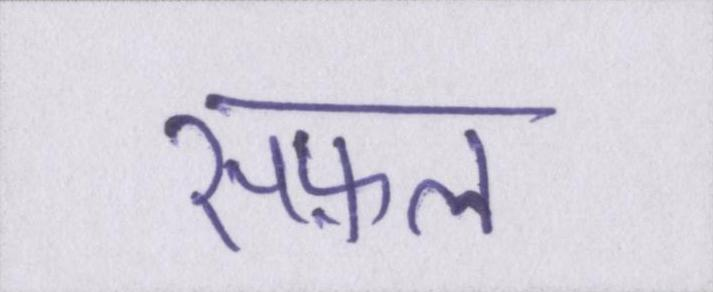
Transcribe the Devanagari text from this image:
सफ़ल